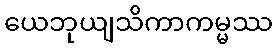
ယေဘုယျသိကာကမ္မဿ